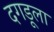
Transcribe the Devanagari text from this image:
दगडूला